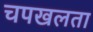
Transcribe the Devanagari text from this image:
चपखलता